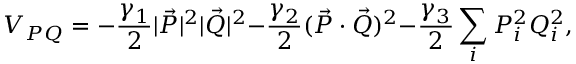
V _ { P Q } = - \frac { \gamma _ { 1 } } { 2 } | \Vec { P } | ^ { 2 } | \Vec { Q } | ^ { 2 } { - } \frac { \gamma _ { 2 } } { 2 } ( \Vec { P } \cdot \Vec { Q } ) ^ { 2 } { - } \frac { \gamma _ { 3 } } { 2 } \sum _ { i } P _ { i } ^ { 2 } Q _ { i } ^ { 2 } ,